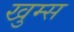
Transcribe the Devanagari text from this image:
खुम्स